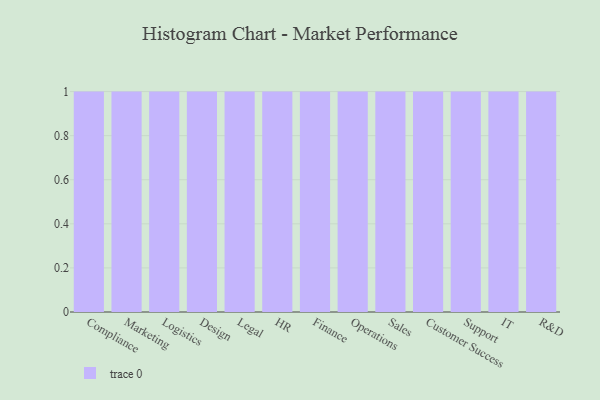
{"axis": {"x": "Department", "y": "Production Output"}, "legend": [""], "data": [{"x": "Compliance", "y": 50, "type": ""}, {"x": "Marketing", "y": 66, "type": ""}, {"x": "Logistics", "y": 83, "type": ""}, {"x": "Design", "y": 4, "type": ""}, {"x": "Legal", "y": 67, "type": ""}, {"x": "HR", "y": 33, "type": ""}, {"x": "Finance", "y": 88, "type": ""}, {"x": "Operations", "y": 19, "type": ""}, {"x": "Sales", "y": 44, "type": ""}, {"x": "Customer Success", "y": 90, "type": ""}, {"x": "Support", "y": 4, "type": ""}, {"x": "IT", "y": 37, "type": ""}, {"x": "R&D", "y": 97, "type": ""}]}